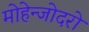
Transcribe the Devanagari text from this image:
मोहेन्जोदरो